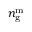
n _ { \mathrm { g } } ^ { \mathrm { m } }